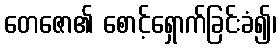
တေဇော၏ စောင့်ရှောက်ခြင်းခံ၍၊